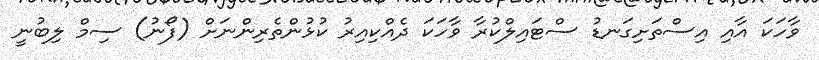
ވާހަކަ އާއި އިސްތަށިގަނޑު ސްޓައިލްކުރާ ވާހަކަ ދެއްކިއިރު ކުޅުންތެރިންނަށް (ފޯނު) ސިމް ލިބުނީ